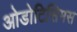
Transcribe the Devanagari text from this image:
ओडोटिसिमस